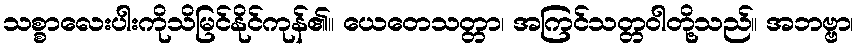
သစ္စာလေးပါးကိုသိမြင်နိုင်ကုန်၏။ ယေတေသတ္တာ၊ အကြင်သတ္တဝါတို့သည်။ အဘဗ္ဗာ၊